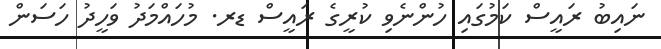
ނައިބު ރައީސް ކަމުގައި ހުންނެވި ކުރީގެ ރައީސް ޑރ. މުހައްމަދު ވަހީދު ހަސަން